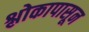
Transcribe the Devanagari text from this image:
श्लोकापासून